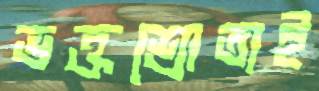
ভক্তশ্রোতাই